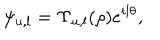
LaTeX: \psi _ { u , l } = \Upsilon _ { u , l } ( \rho ) e ^ { i l \theta } ,